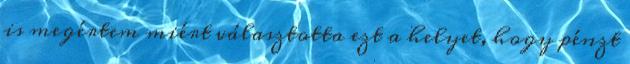
is megértem miért választotta ezt a helyet, hogy pénzt